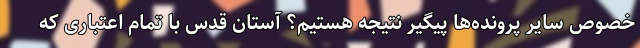
خصوص سایر پرونده‌ها پیگیر نتیجه هستیم؟ آستان قدس با تمام اعتباری که